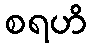
စရဟိ